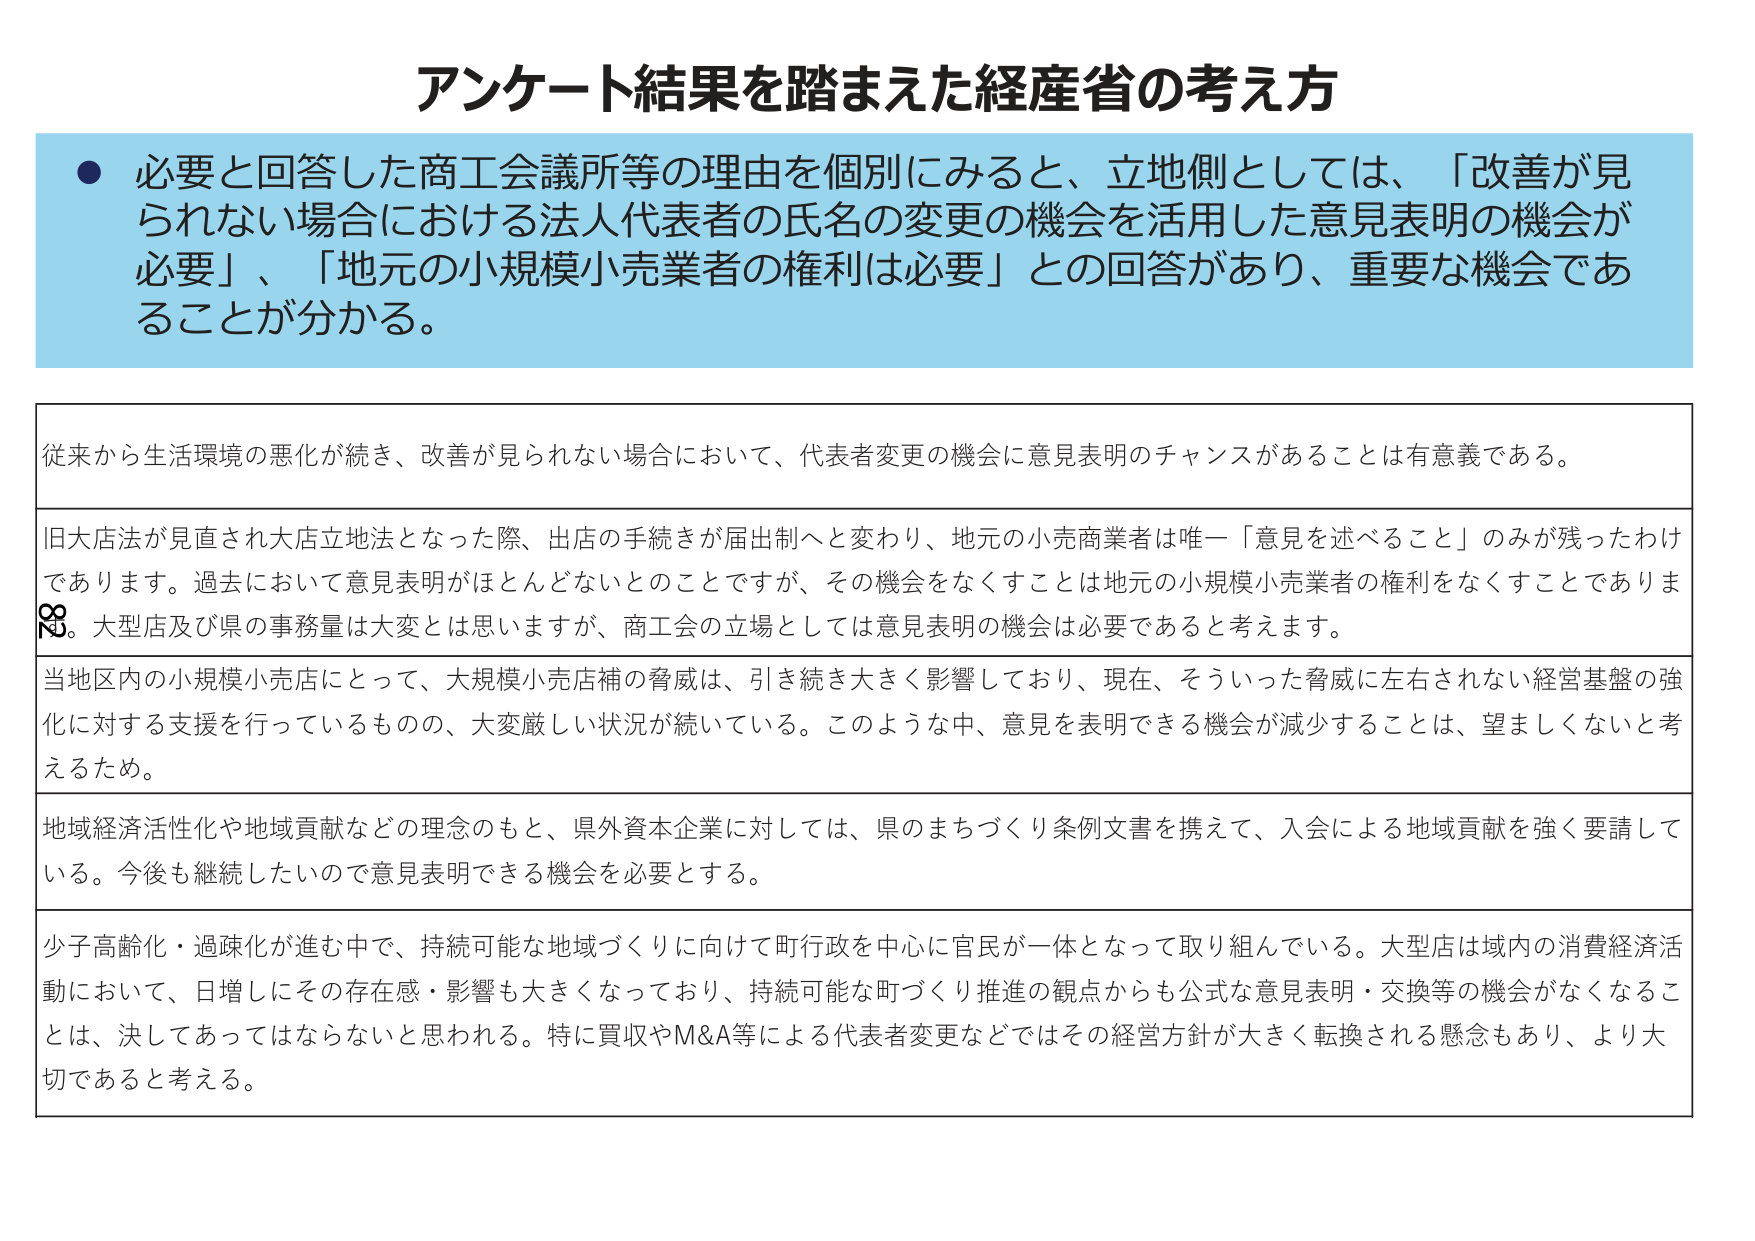
アンケート結果を踏まえた経産省の考え方

● 必要と回答した商工会議所等の理由を個別にみると、立地側としては、「改善が見られない場合における法人代表者の氏名の変更の機会を活用した意見表明の機会が必要」、「地元の小規模小売業者の権利は必要」との回答があり、重要な機会であることが分かる。

従来から生活環境の悪化が続き、改善が見られない場合において、代表者変更の機会に意見表明のチャンスがあることは有意義である。

旧大店法が見直され大店立地法となった際、出店の手続きが届出制へと変わり、地元の小売商業者は唯一「意見を述べること」のみが残ったわけでありります。過去において意見表明がほとんどないとのことですが、その機会をなくすことは地元の小規模小売業者の権利をなくすことでありま す。大型店及び県の事務量は大変とは思いますが、商工会の立場としては意見表明の機会は必要であると考えます。

当地区内の小規模小売店にとって、大規模小売店舗の脅威は、引き続き大きく影響しており、現在、そういった脅威に左右されない経営基盤の強化に対する支援を行っているものの、大変厳しい状況が続いている。このような中、意見を表明できる機会が減少することは、望ましくないと考えるため。

地域経済活性化や地域貢献などの理念のもと、県外資本企業に対しては、県のまちづくり条例文書を携えて、入会による地域貢献を強く要請している。今後も継続したいので意見表明できる機会を必要とする。

少子高齢化・過疎化が進む中で、持続可能な地域づくりに向けて町行政を中心に官民が一体となって取り組んでいる。大型店は域内の消費経済活動において、日増しにその存在感・影響も大きくなっており、持続可能な町づくり推進の観点からも公式な意見表明・交換等の機会がなくなることは、決してあってはならないと思われる。特に買収やM&A等による代表者変更などではその経営方針が大きく転換される懸念もあり、より大切であると考える。